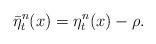
LaTeX: \begin{align*}\bar{\eta}_t^n(x) = \eta_t^n(x)-\rho.\end{align*}